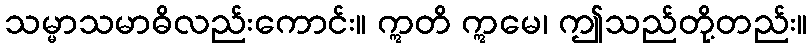
သမ္မာသမာဓိလည်းကောင်း။ ဣတိ ဣမေ၊ ဤသည်တို့တည်း။